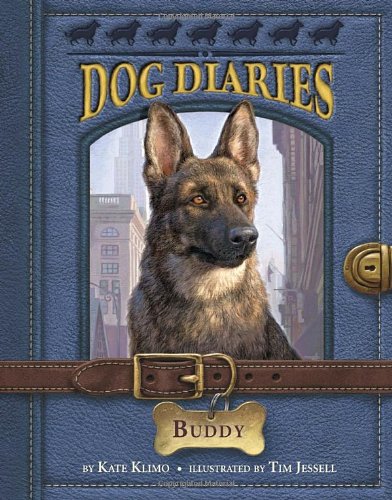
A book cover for Dog Diaries #2: Buddy; Kate Klimo; Children's Books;